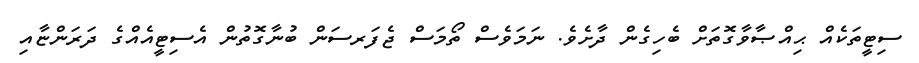
ސިޓީތަކެއް ޙިއްޞާވާގޮތަށް ބެހިގެން ދާށެވެ. ނަމަވެސް ތޯމަސް ޖެފަރސަން ބުނާގޮތުން އެސިޓީއެއްގެ ދަރަންޏާއި